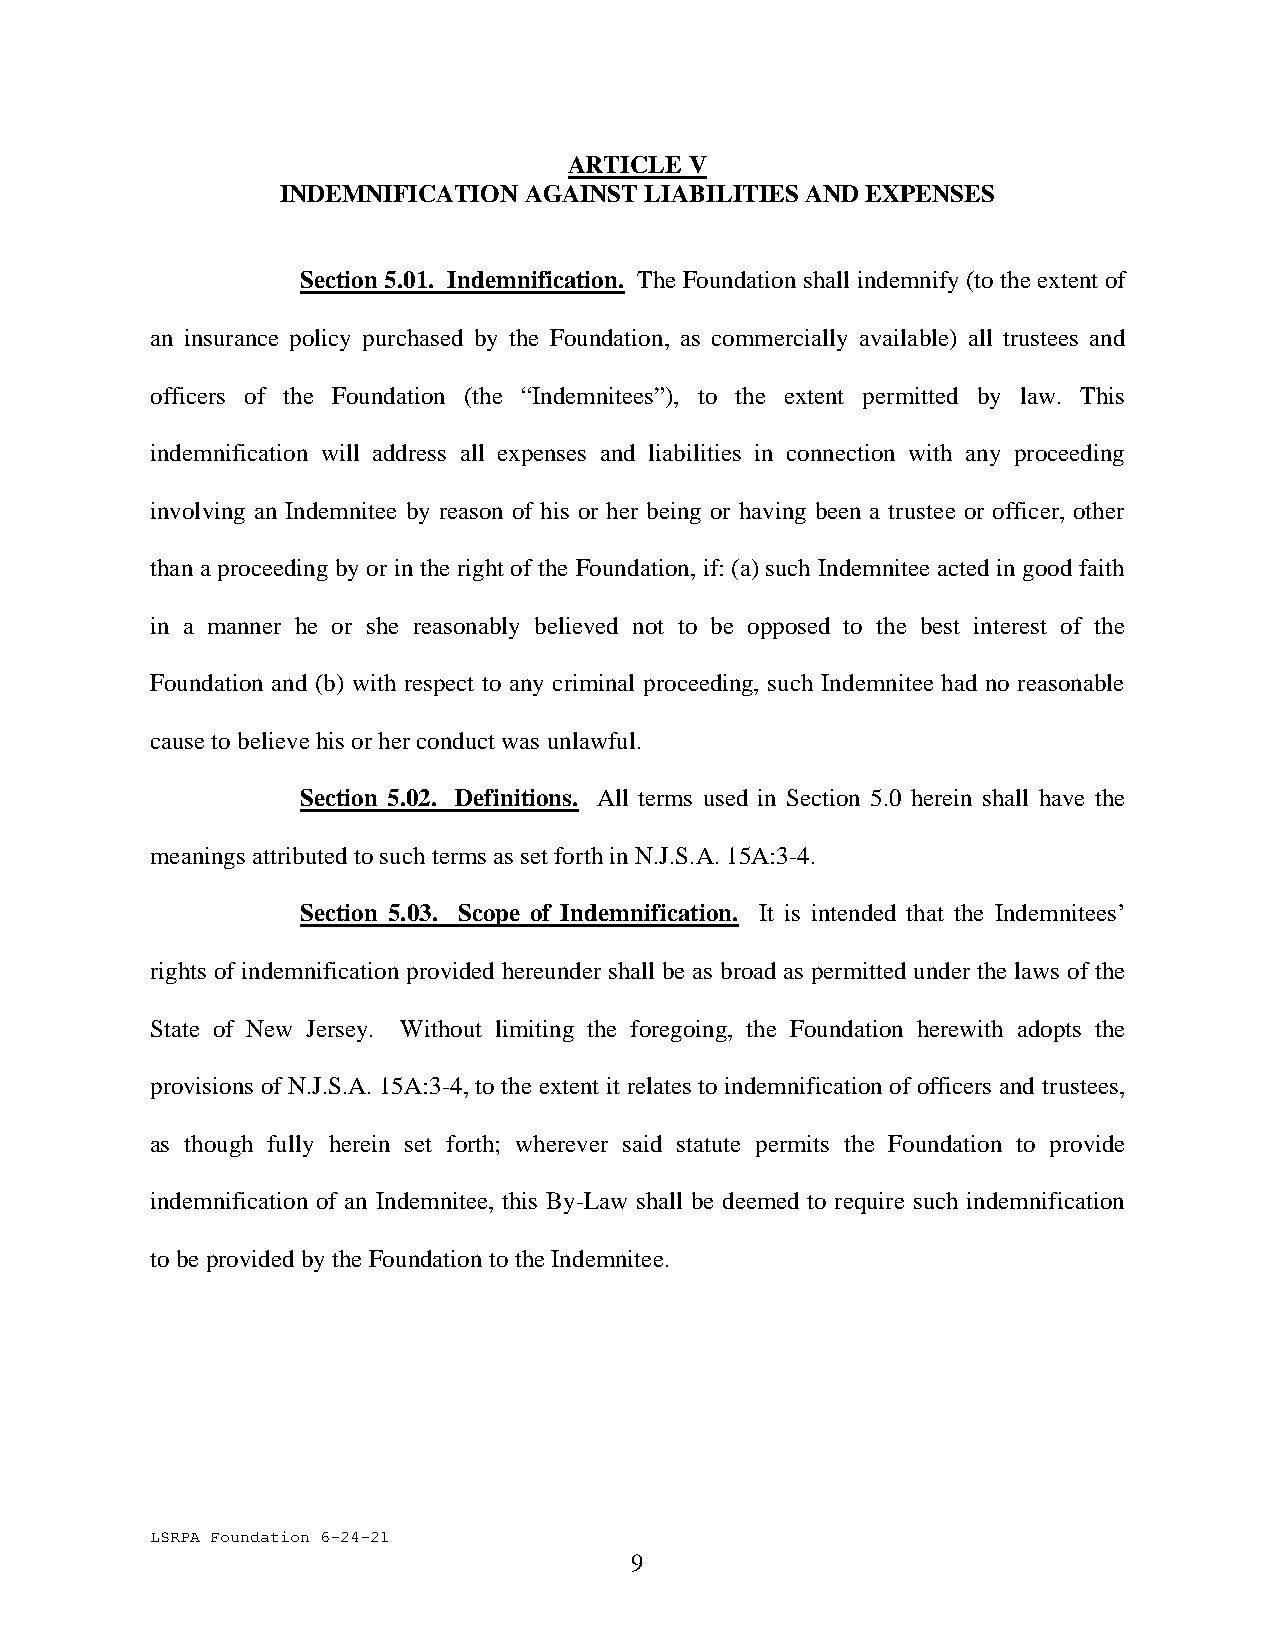
ARTICLE V
 INDEMNIFICATION AGAINST LIABILITIES AND EXPENSES
 Section 5.01. Indemnification. The Foundation shall indemnify (to the extent of
 an insurance policy purchased by the Foundation, as commercially available) all trustees and
 officers of the Foundation (the “Indemnitees”), to the extent permitted by law. This
 indemnification will address all expenses and liabilities in connection with any proceeding
 involving an Indemnitee by reason of his or her being or having been a trustee or officer, other
 than a proceeding by or in the right of the Foundation, if: (a) such Indemnitee acted in good faith
 in a manner he or she reasonably believed not to be opposed to the best interest of the
 Foundation and (b) with respect to any criminal proceeding, such Indemnitee had no reasonable
 cause to believe his or her conduct was unlawful.
 Section 5.02. Definitions. All terms used in Section 5.0 herein shall have the
 meanings attributed to such terms as set forth in N.J.S.A. 15A:3-4.
 Section 5.03. Scope of Indemnification. It is intended that the Indemnitees’
 rights of indemnification provided hereunder shall be as broad as permitted under the laws of the
 State of New Jersey. Without limiting the foregoing, the Foundation herewith adopts the
 provisions of N.J.S.A. 15A:3-4, to the extent it relates to indemnification of officers and trustees,
 as though fully herein set forth; wherever said statute permits the Foundation to provide
 indemnification of an Indemnitee, this By-Law shall be deemed to require such indemnification
 to be provided by the Foundation to the Indemnitee.
 LSRPA Foundation 6-24-21
 9